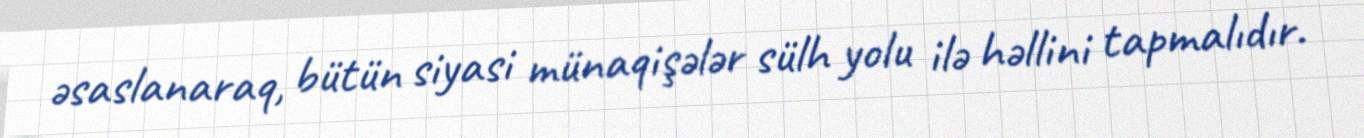
əsaslanaraq, bütün siyasi münaqişələr sülh yolu ilə həllini tapmalıdır.